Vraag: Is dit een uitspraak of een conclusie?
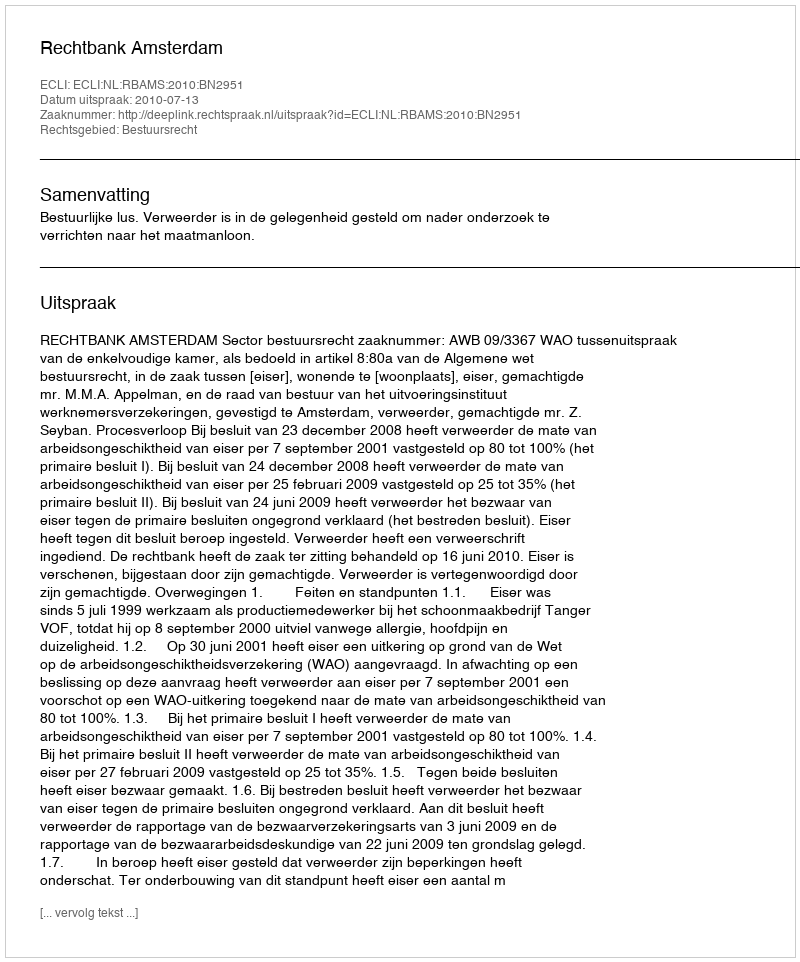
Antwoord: Uitspraak